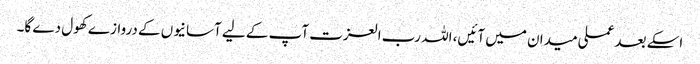
اسکے بعد عملی میدان میں آئیں، اللہ رب العزت آپ کے لیے آسانیوں کے دروازے کھول دے گا۔